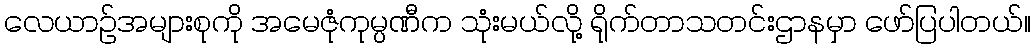
လေယာဉ်အများစုကို အမေဇုံကုမ္ပဏီက သုံးမယ်လို့ ရိုက်တာသတင်းဌာနမှာ ဖော်ပြပါတယ်။